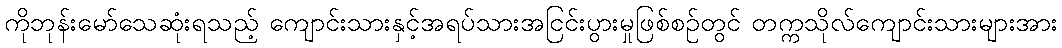
ကိုဘုန်းမော်သေဆုံးရသည့် ကျောင်းသားနှင့်အရပ်သားအငြင်းပွားမှုဖြစ်စဉ်တွင် တက္ကသိုလ်ကျောင်းသားများအား